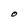
Character: O